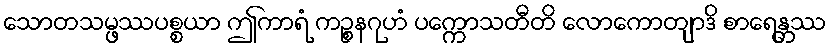
သောတသမ္ဖဿပစ္စယာ ဤကာရံ ကဉ္စနဂုဟံ ပက္ကောသတီတိ လောကောတျာဒိ စာရေန္တဿ